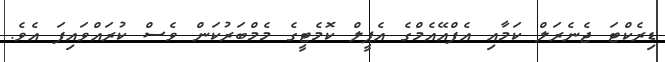
ޑިރެކްޓަ ޖެނެރަލް ކަމާއި އެފްއޭއެމްގެ އެޕީލް ކޮމެޓީގެ މެމްބަރުކަން ވެސް ކުރައްވައިފަ އެވެ.